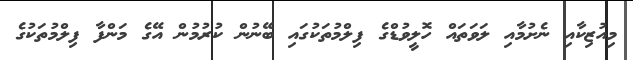
މިއުޒިކާއި ނެށުމާއި ލަވަތައް ހޮލީވުޑްގެ ފިލްމުތަކުގައި ބޭނުން ކުރުމުން އޭގެ މަންފާ ފިލްމުތަކުގެ